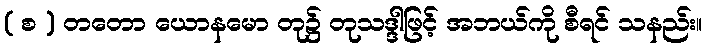
( စ ) တတော ယောနမော တု၌ တုသဒ္ဒါဖြင့် အဘယ်ကို စီရင် သနည်း။